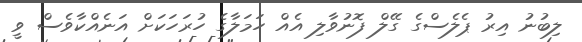
ލިބުނު އިރު ޕެލެސްގެ ގޭލް ފޮނުވާލި އެއް ހަމަލާގެ ހުރަހަކަށް އަނެއްކާވެސް ވީ